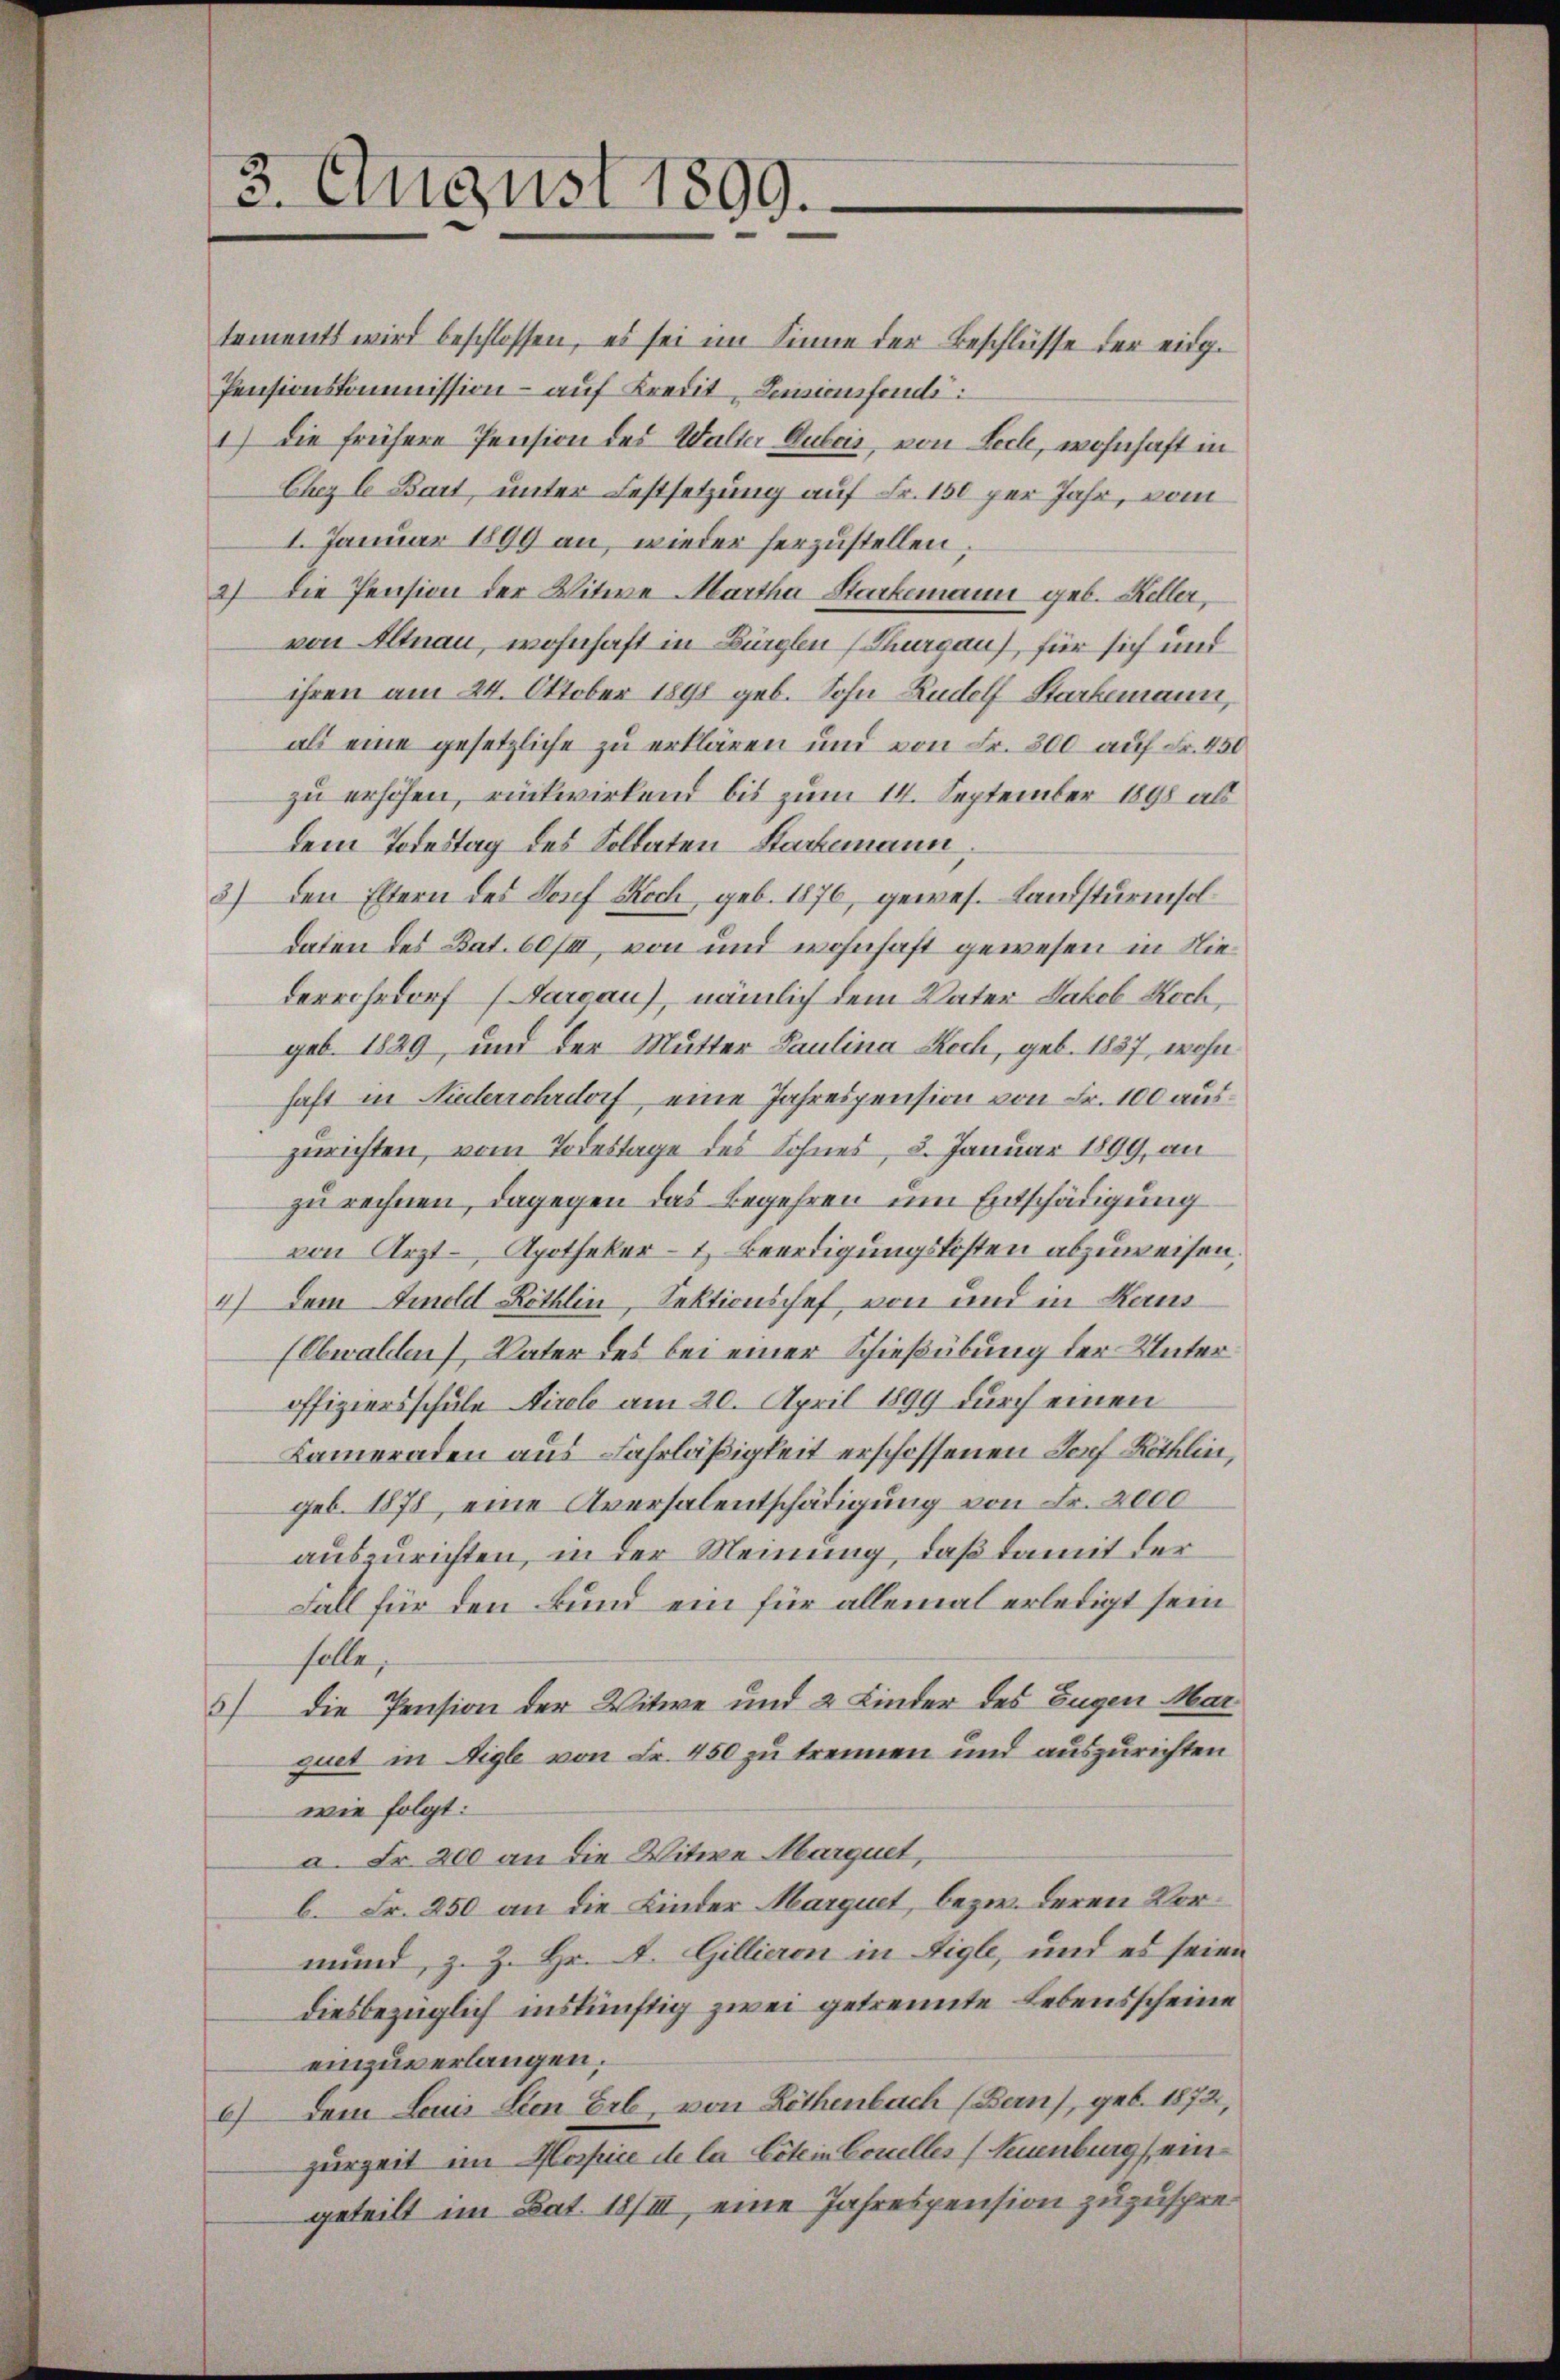
3. August 1899.

tements wird beschlossen, es sei im Sinne der Beschlüsse der eidg.
Pensionskommission - auf Kredit, Lensionsfondi
1) Die frühere Pension des Walter Dubois, von Leck, wohnhaft in
Ehez l Bart, unter Festsetzung auf Fr. 150 per Jahr, vom
1. Januar 1899 an, wieder herzustellen;
2) Die Pension der Witwe Martha Starkemann geb. Keller,
von Altnau, wohnhaft in Bürglen (Thurgau), für sich und
ihren am 24. Oktober 1890 geb. Sohn Rudolf Starkemann,
als eine gesetzliche zu erklären und von Fr. 300 auf Fr. 450
zu erhöhen, rückwirkend bis zum 14. September 1898 ab
dem Todestag des Soldaten Sachemann,
3) den Eltern des Josef Koch, geb. 1876, gewes. Landsturmsoldaten des Bat. 60/II, von und wohnhaft gewesen in Niederrohrdorf (Sarcau), nämlich dem Vater Jakob Koch,
geb. 1829, und der Mutter Paulina Koch, geb. 1837, wohnhaft in Niederschrdorf, eine Jahrespension von Fr. 100 auszurichten, vom Todestage des Sohnes, 3. Januar 1899, an
zu rechnen, dagegen das Begehren um Entschädigung
von Arzt- Apotheker- & Beerdigungskosten abzuweisen.
4) Dem Emold Röthlin, Sektionschef von und in Haus¬
(Obwalden), Vater des bei einer Schießübung der Unteroffiziersschule Tirole am 20. April 1899 durch einen
Kameraden aus Fahrläßigkeit erschossenen Dorf Röthlingeb. 1878, eine Aversalentschädigung von Fr. 2000
auszurichten, in der Meinung, daß damit der
Fall für den Bund ein für allemal erledigt sein
solle,
3) die Pension der Witwe und 2 Kinder des Eugen Mar
quet in Aigle von Fr. 450 zu trennen und auszurichten
wie folgt:
a. Fr. 200 an die Witwe Marquet,
b. Fr. 250 an die Kinder Marquet, bezw. deren Vormund, z. Z. Hr. A. Gillieren in Aigle, und es seien
diesbezüglich inskünftig zwei getrennte Lebensscheine
einzuverlangen.
6) Dem Louis Sien Erb von Löthenbach (Bern), geb. 1872,
zurzeit im Mospice de la Eitein Concelles (Neuenburg eingeteilt im Bat. 18/III, eine Jahrespension zuzuspre¬